Medical and sanitary report on the native army of Bombay for the year
Year: 1879
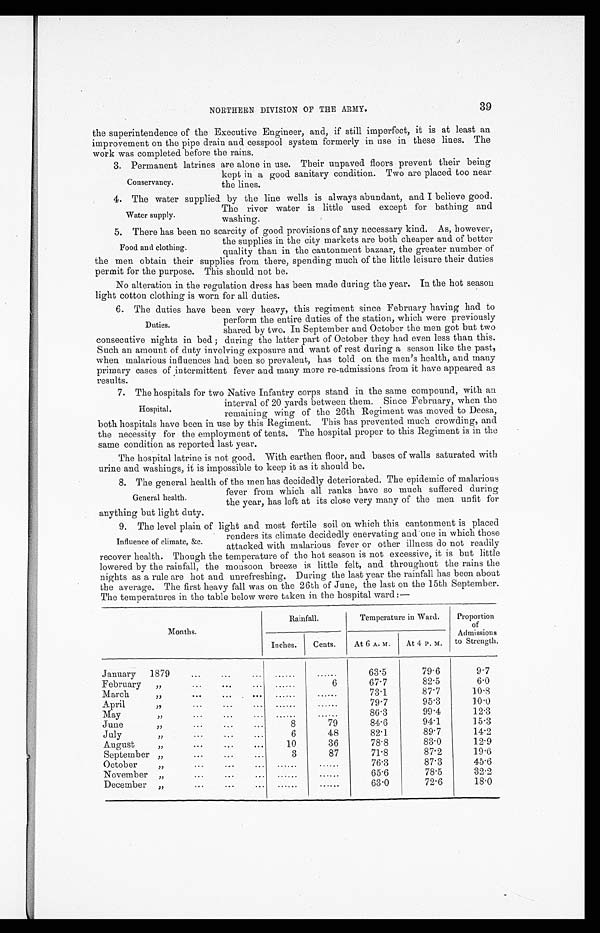
39
NORTHERN DIVISION OF THE ARMY.
the superintendence of the Executive Engineer, and, if still imperfect, it is at least an
improvement on the pipe drain and cesspool system formerly in use in these lines. The
work was completed before the rains.
3. Permanent latrines are alone in use. Their unpaved floors prevent their being
kept in a good sanitary condition. Two are placed too near
the lines.
4. The water supplied by the line wells is always abundant, and I believe good.
The river water is little used except for bathing and
washing.
5. There has been no scarcity of good provisions of any necessary kind. As, however,
the supplies in the city markets are both cheaper and of better
quality than in the cantonment bazaar, the greater number of
the men obtain their supplies from there, spending much of the little leisure their duties
permit for the purpose. This should not be.
No alteration in the regulation dress has been made during the year. In the hot season
light cotton clothing is worn for all duties.
6. The duties have been very heavy, this regiment since February having had to
perform the entire duties of the station, which were previously
shared by two. In September and October the men got but two
consecutive nights in bed; during the latter part of October they had even less than this.
Such an amount of duty involving exposure and want of rest during a season like the past,
when malarious influences had been so prevalent, has told on the men's health, and many
primary cases of intermittent fever and many more re-admissions from it have appeared as
results.
7. The hospitals for two Native Infantry corps stand in the same compound, with an
interval of 20 yards between them. Since February, when the
remaining wing of the 26th Regiment was moved to Deesa,
both hospitals have been in use by this Regiment. This has prevented much crowding, and
the necessity for the employment of tents. The hospital proper to this Regiment is in the
same condition as reported last year.
The hospital latrine is not good. With earthen floor, and bases of walls saturated with
urine and washings, it is impossible to keep it as it should be.
8 . T h e g e n e r a l h e a l t h o f t h e m e n h a s d e c i d e d l y d e t e r i o r a t e d . T h e e p i d e m i c o f m a l a r i o u s
fever from which all ranks have so much suffered during
the year, has left at its close very many of the men unfit for
anything but light duty.
9. The level plain of light and most fertile soil on which this cantonment is placed
renders its climate decidedly enervating and one in which those
attacked with malarious fever or other illness do not readily
recover health. Though the temperature of the hot season is not excessive, it is but little
lowered by the rainfall, the monsoon breeze is little felt, and throughout the rains the
nights as a rule are hot and unrefreshing. During the last year the rainfall has been about
the average. The first heavy fall was on the 26th of June, the last on the 15th September.
The temperatures in the table below were taken in the hospital ward:—
Months
Rainfall.
Temperature in Ward.
Proportion
of
Admissions
to Strength.
Inches.
Cents.
At 6 A. M.
At 4 P. M.
January 1879 . . .
. . .
. . .
63.5
79.6
9.7
F e b r u a r y " . . .
. . .
6
67.7
82.5
6.0
M arch . . .
. . .
. . .
73.1
87.7
10.8
April " . . .
. . .
. . .
79.7
95.3
10.0
May " . . .
. . .
. . .
86.3
99.4
12.3
June " . . .
8
79
84.6
94.1
15.3
July " . . .
6
48
82.1
89.7
14.2
August " . . .
10
36
78.8
83.0
12.9
September " . . .
3
87
71.8
87.2
19.6
October " . . .
. . .
. . .
76.3
87.3
45.6
November " . . .
. . .
. . .
65.6
78.5
32.2
December " . . .
. . .
. . .
63.0
72.6
18.0
Conservancy.
Water supply.
Food and clothing.
Duties.
Hospital.
General health.
Influence of climate, &c.